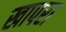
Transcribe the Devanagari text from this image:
खापरा